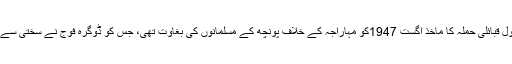
سنیڈن کے بقول قبائلی حملہ کا ماخذ اگست 1947کو مہاراجہ کے خلاف پونچھ کے مسلمانوں کی بغاوت تھی، جس کو ڈوگرہ فوج نے سختی سے کچل ڈالا تھا۔